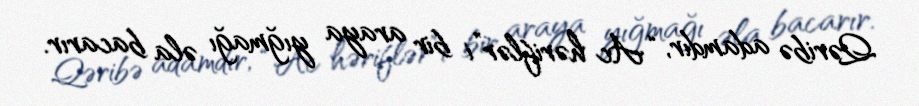
Qəribə adamdır, “Ac həriflər”i bir araya yığmağı əla bacarır.